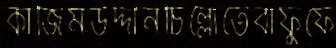
কাজিমউদ্দীনচিল্লোতেবাফুফে